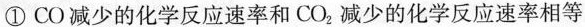
①CO减少的化学反应速率和CO_{2}减少的化学反应速率相等